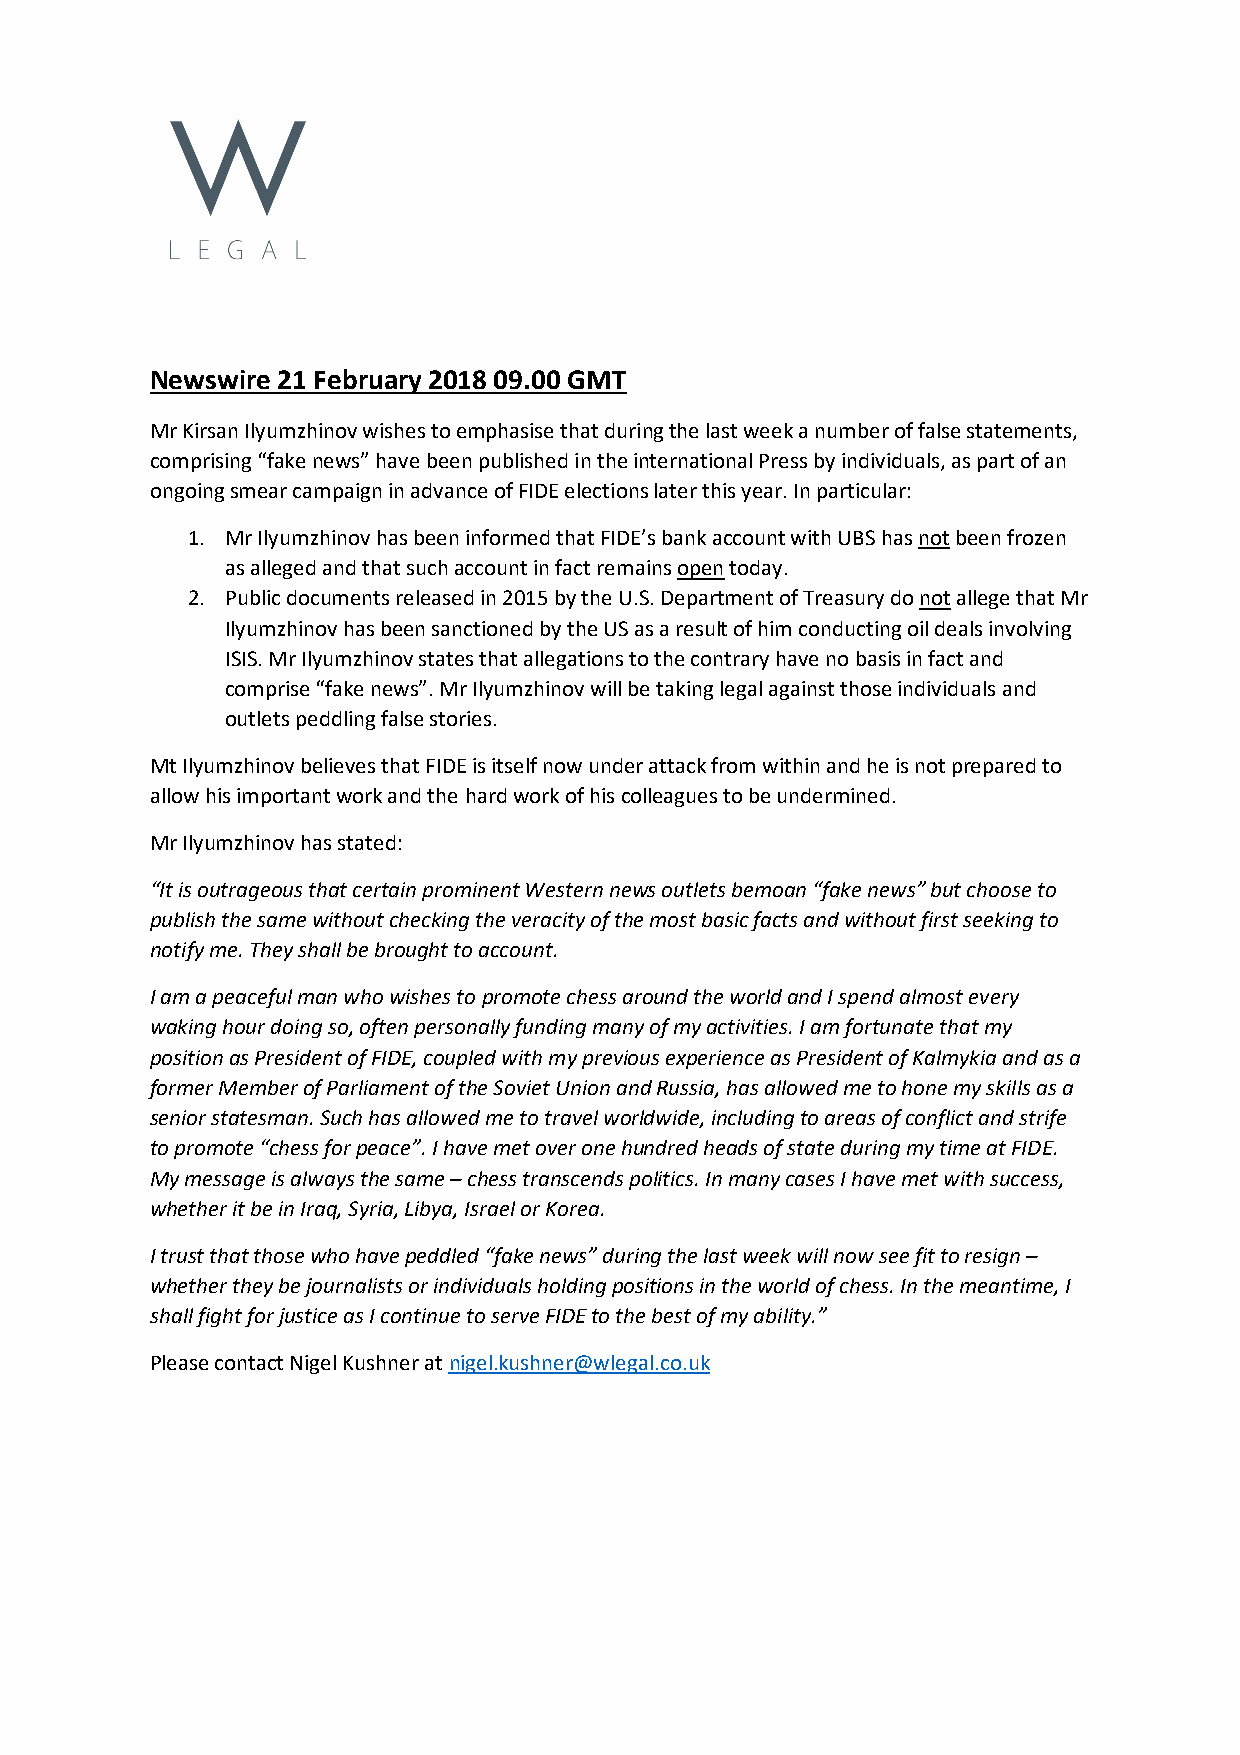
Newswire 21 February 2018 09.00 GMT
 Mr Kirsan Ilyumzhinov wishes to emphasise that during the last week a number of false statements,
 comprising “fake news” have been published in the international Press by individuals, as part of an
 ongoing smear campaign in advance of FIDE elections later this year. In particular:
 1. Mr Ilyumzhinov has been informed that FIDE’s bank account with UBS has not been frozen
 as alleged and that such account in fact remains open today.
 2. Public documents released in 2015 by the U.S. Department of Treasury do not allege that Mr
 Ilyumzhinov has been sanctioned by the US as a result of him conducting oil deals involving
 ISIS. Mr Ilyumzhinov states that allegations to the contrary have no basis in fact and
 comprise “fake news”. Mr Ilyumzhinov will be taking legal against those individuals and
 outlets peddling false stories.
 Mt Ilyumzhinov believes that FIDE is itself now under attack from within and he is not prepared to
 allow his important work and the hard work of his colleagues to be undermined.
 Mr Ilyumzhinov has stated:
 “It is outrageous that certain prominent Western news outlets bemoan “fake news” but choose to
 publish the same without checking the veracity of the most basic facts and without first seeking to
 notify me. They shall be brought to account.
 I am a peaceful man who wishes to promote chess around the world and I spend almost every
 waking hour doing so, often personally funding many of my activities. I am fortunate that my
 position as President of FIDE, coupled with my previous experience as President of Kalmykia and as a
 former Member of Parliament of the Soviet Union and Russia, has allowed me to hone my skills as a
 senior statesman. Such has allowed me to travel worldwide, including to areas of conflict and strife
 to promote “chess for peace”. I have met over one hundred heads of state during my time at FIDE.
 My message is always the same – chess transcends politics. In many cases I have met with success,
 whether it be in Iraq, Syria, Libya, Israel or Korea.
 I trust that those who have peddled “fake news” during the last week will now see fit to resign –
 whether they be journalists or individuals holding positions in the world of chess. In the meantime, I
 shall fight for justice as I continue to serve FIDE to the best of my ability.”
 Please contact Nigel Kushner at nigel.kushner@wlegal.co.uk